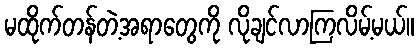
မထိုက်တန်တဲ့အရာတွေကို လိုချင်လာကြလိမ့်မယ်။